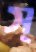
স্